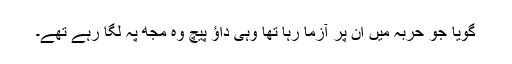
گویا جو حربہ میں اُن پر آزما رہا تھا وہی داؤ پیچ وہ مجھ پہ لگا رہے تھے۔